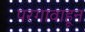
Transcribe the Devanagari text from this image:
परगावाहून